Jaan_Tonisson_(Lasteleht), lk 432
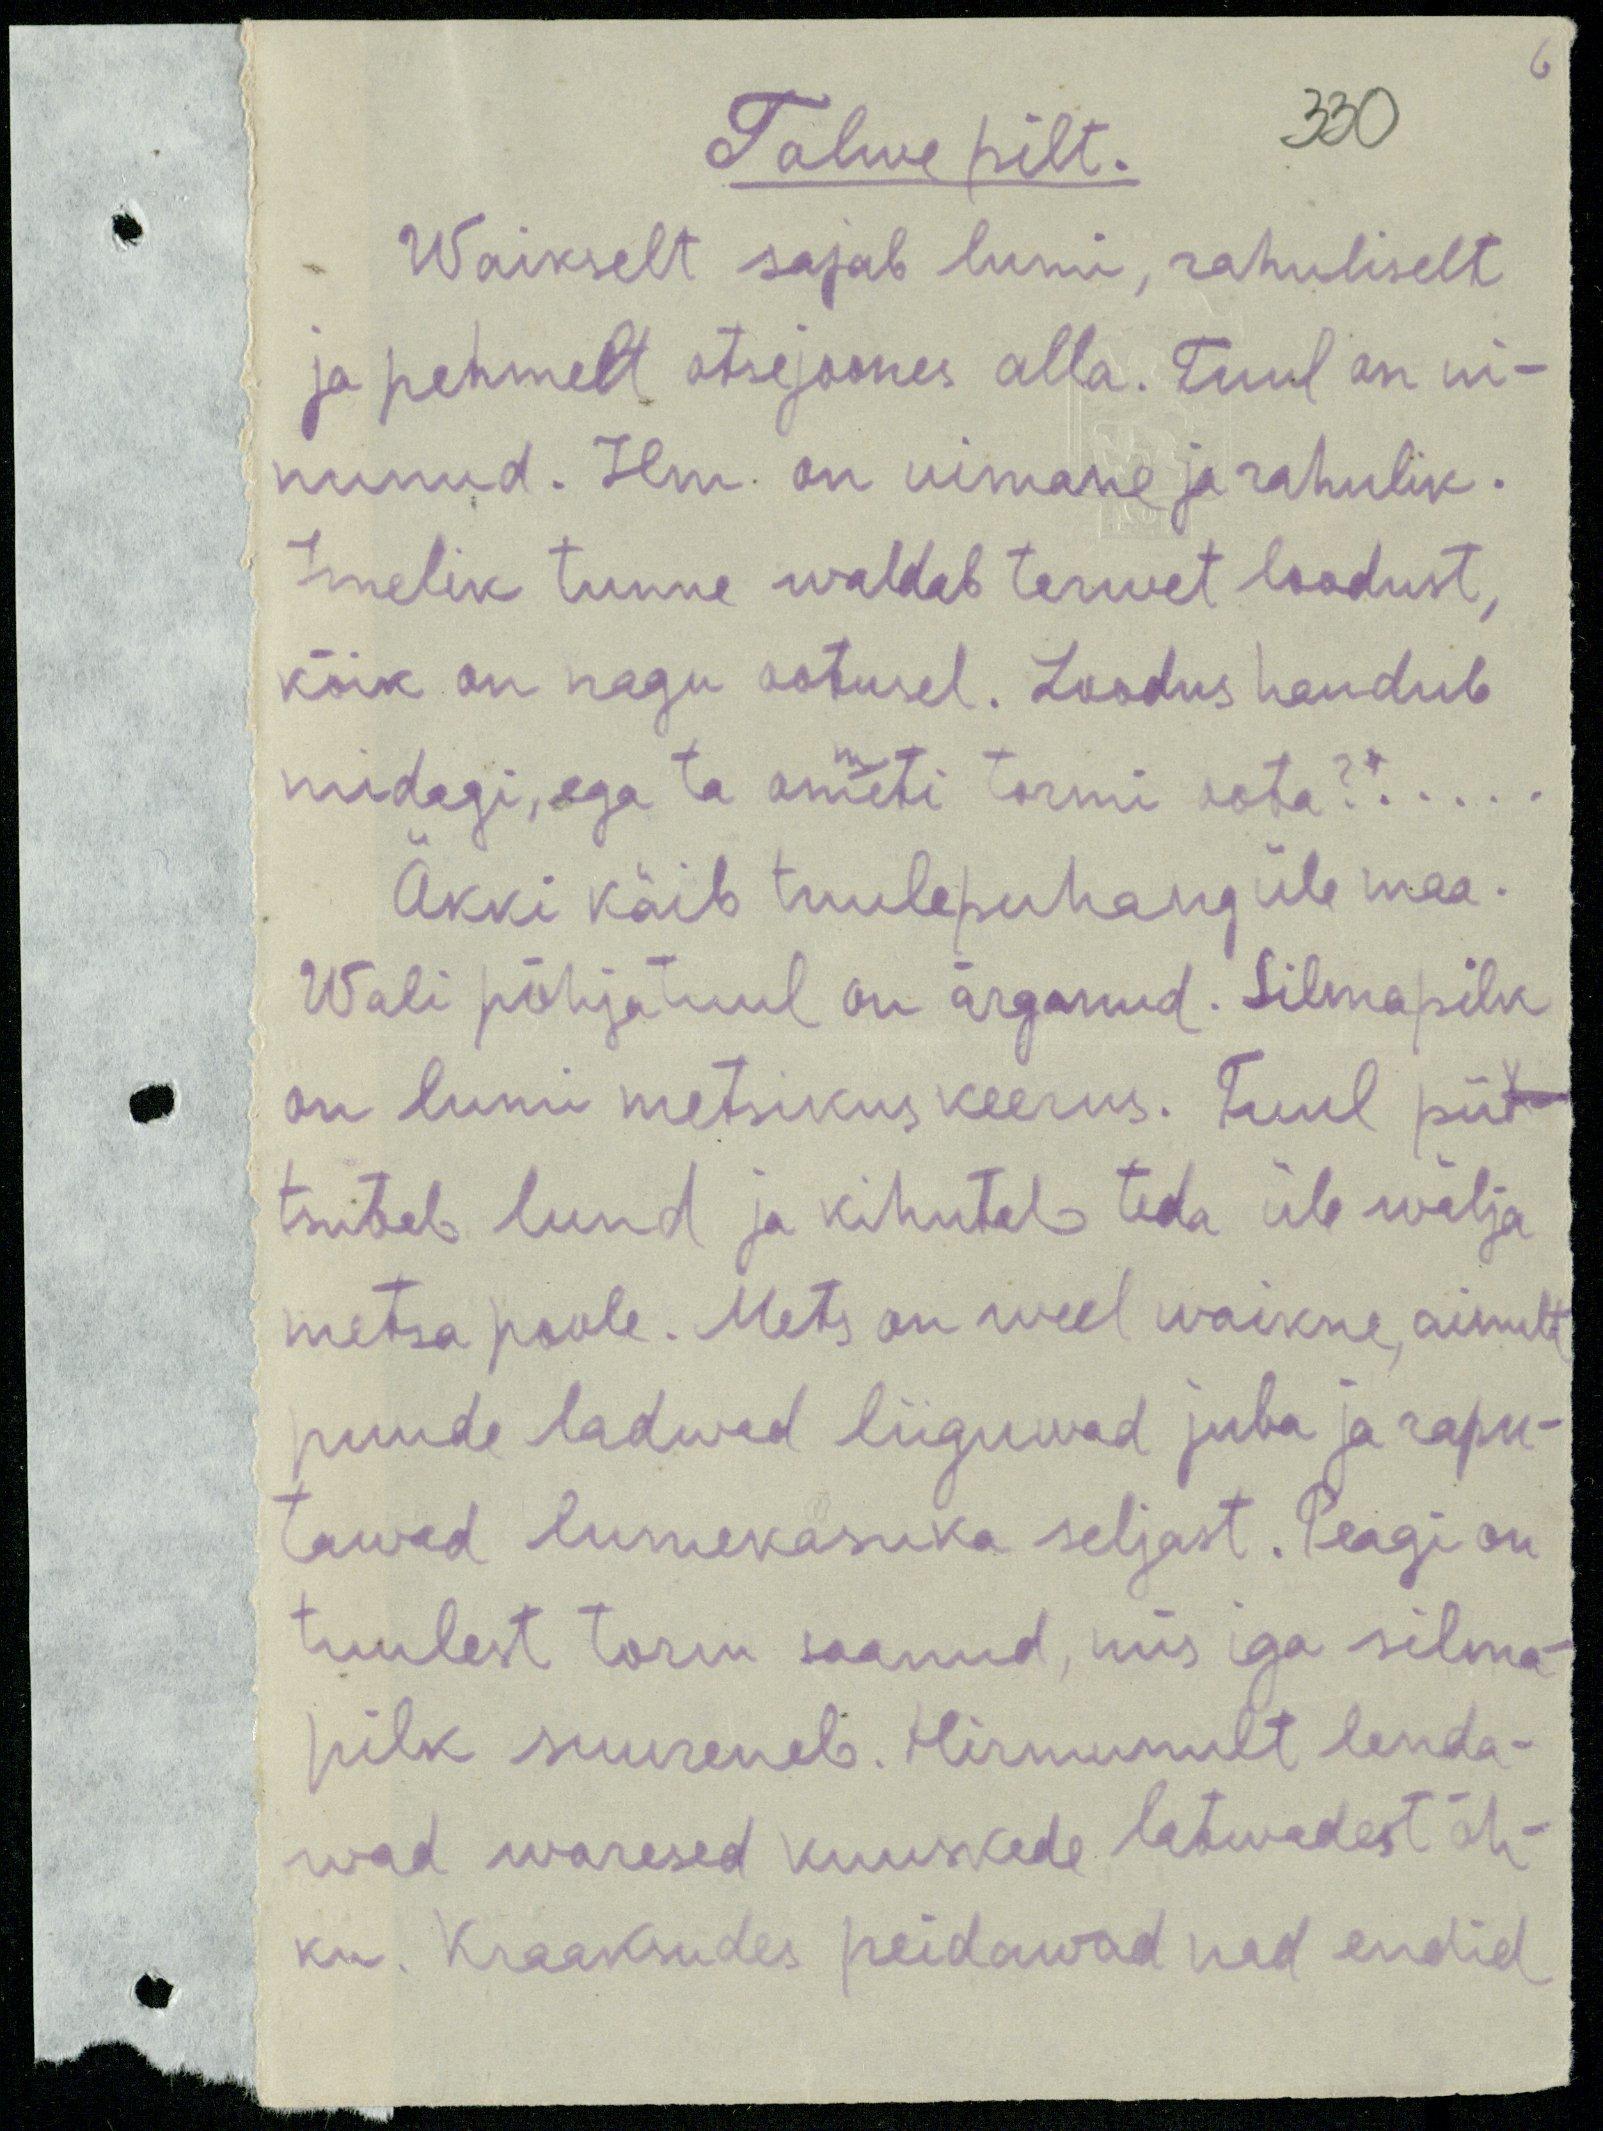
6

Talwe pilt.
330
Waikselt sajab lumi, rahuliselt
ja pehmelt otsejoones alla. Tuul on ui-
nunud. Ilm on uimane ja rahulik.
Imelik tunne waldab terwet loodust,
kõik on nagu ootusel. Loodus haudub
midagi, ega ta ommeti tormi oota?“...
Akki käib tuulepuhang üle maa.
Wali põhjatuul on ärganud. Silmapilk
on lumi metsikus keerus. Tuul piit-
tsutab lund ja kihutab teda üle wälja
metsa poole. Mets on weel waikne ainult
puude ladwad liiguvad juba ja rapu-
tawad lumekasuka seljast. Peagi on
tuulest torm saanud, mis iga silma-
pilk suureneb. Hirmunult lenda-
wad waresed kuuskede latwadest õh-
ku. Kraaksudes peidawad nad endid